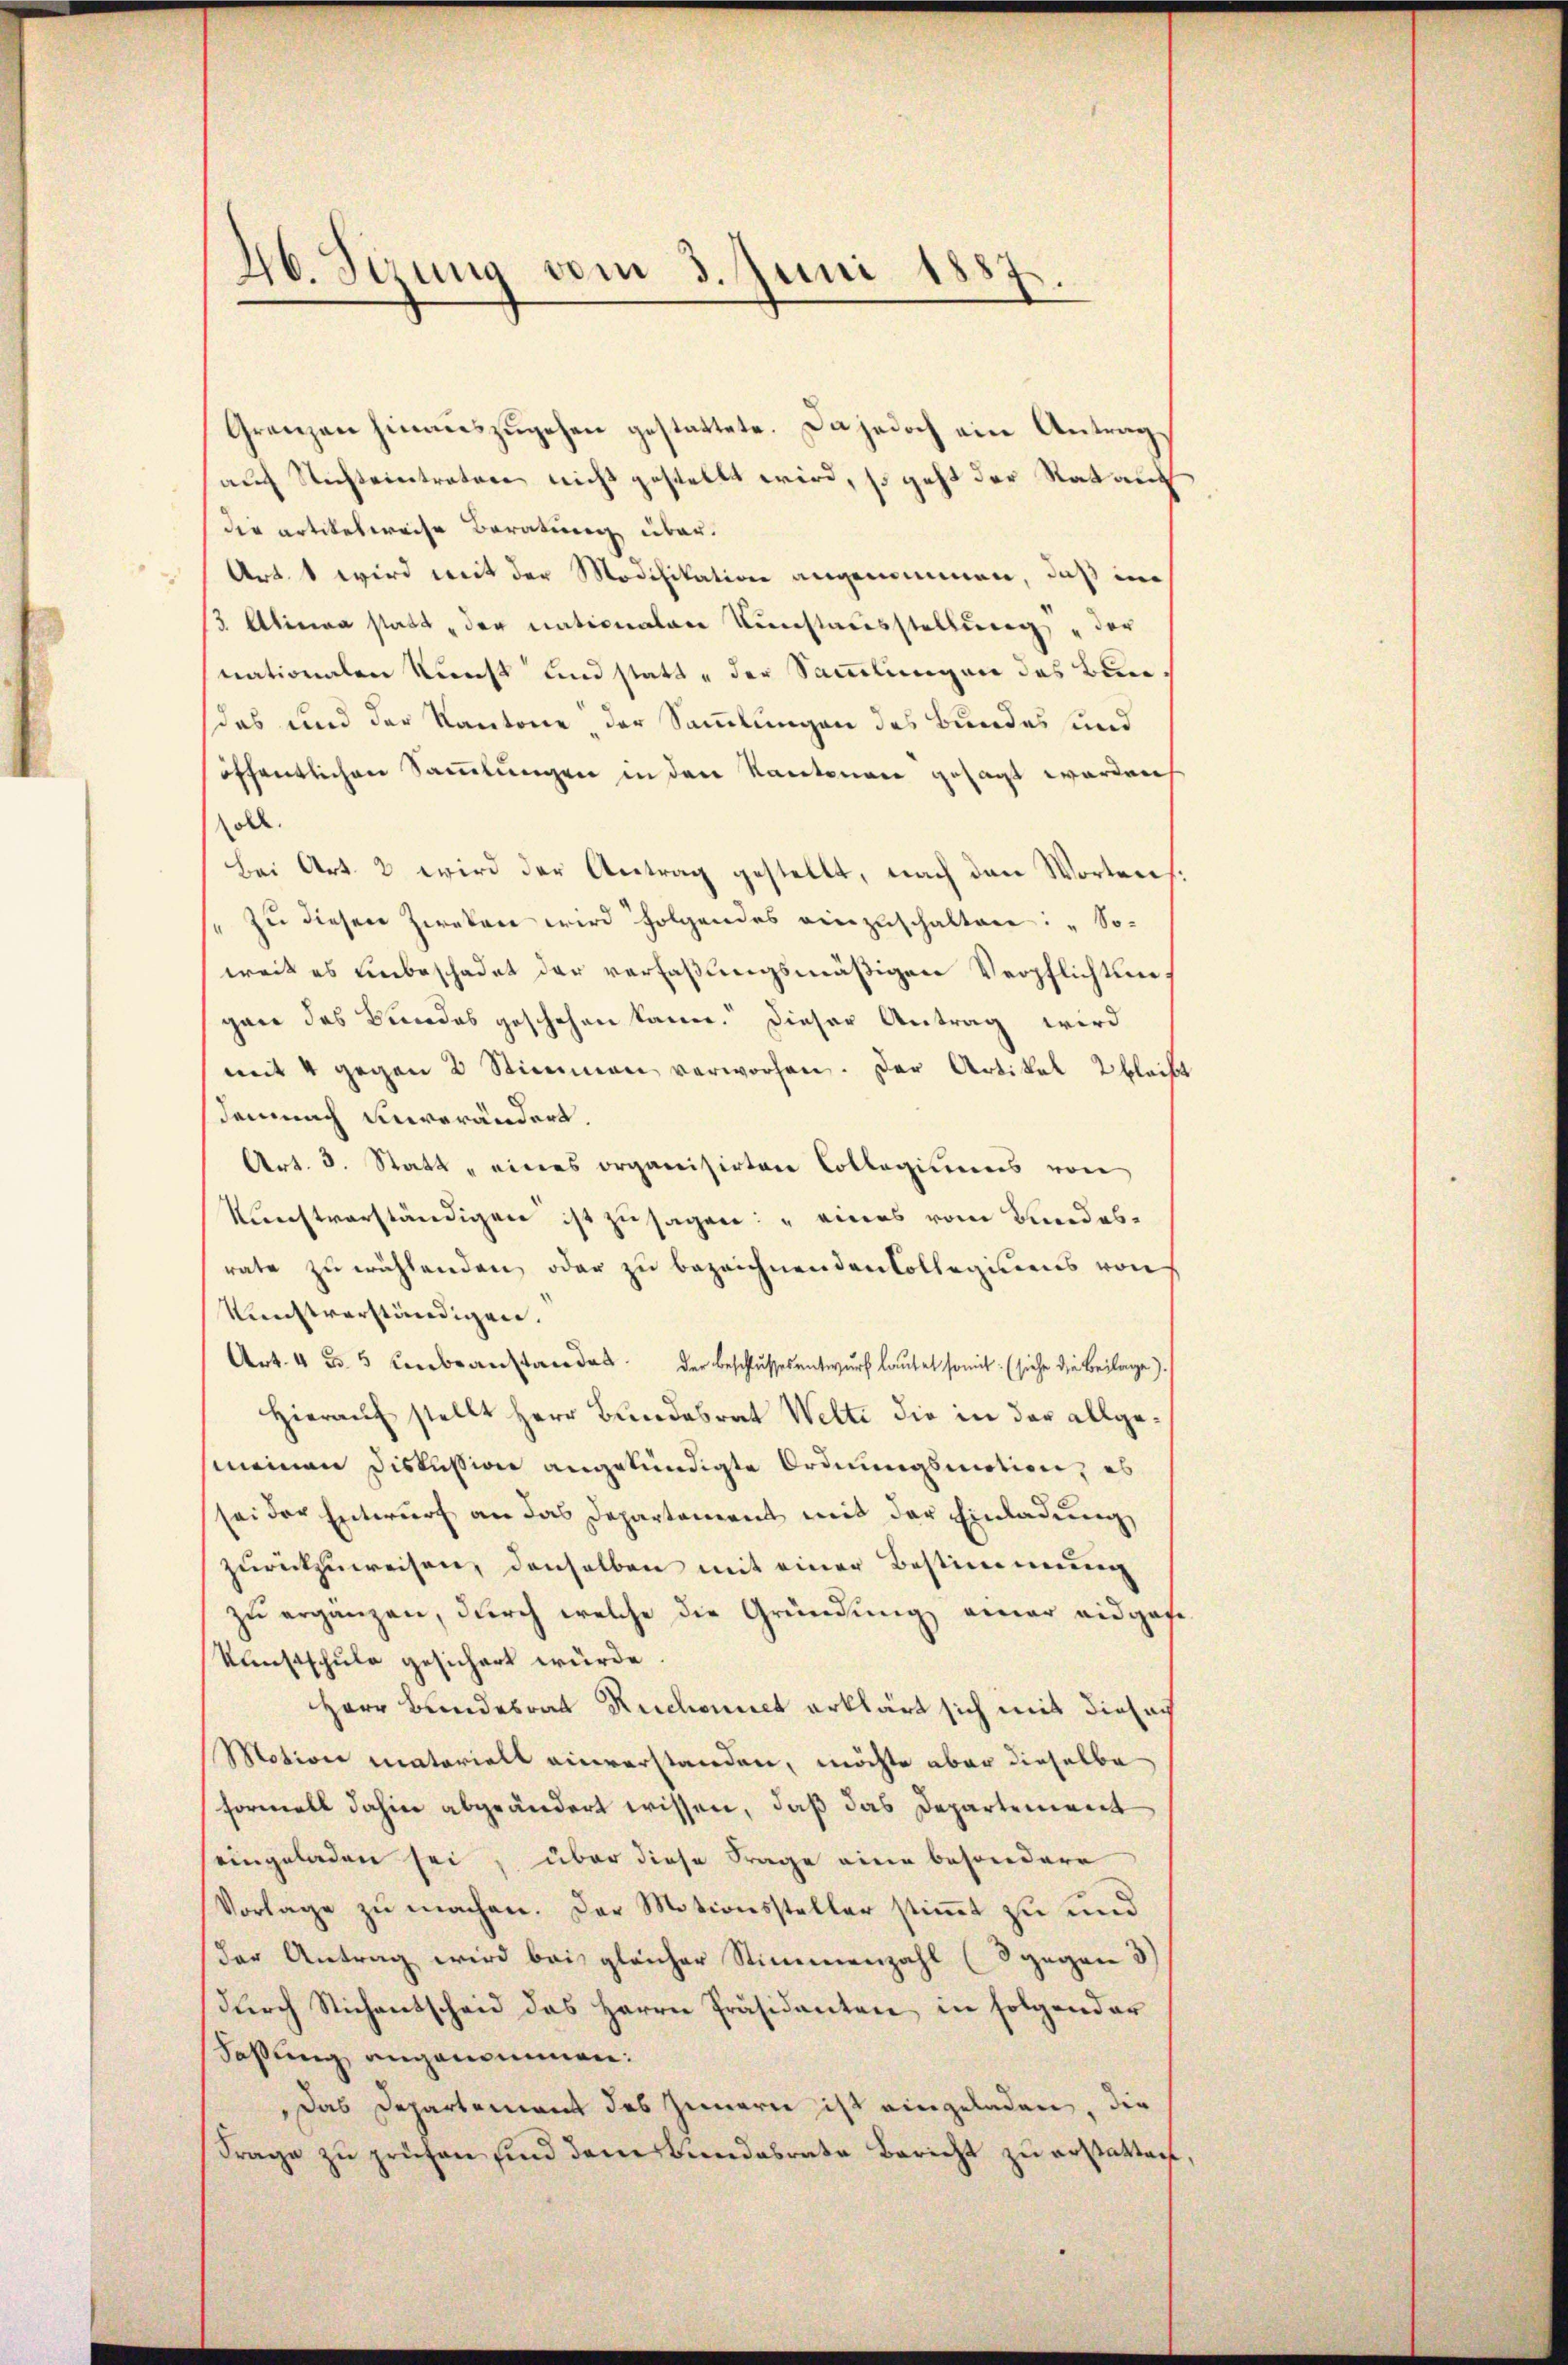
Grenzen hinauszugehen gestattete. Da jedoch ein Antrags
auf Nichteintreten nicht gestellt wird, so geht der Rat auch
die artikelweise Beratung über¬
Art. 1 wird mit der Modifikation angenommen, daß in
 Alina statt der nationalen Kunstausstellung der
nationalen Kunst und statt, der Sammlungen des Bundas und der Kantone, der Sammlungen des Bundes und
öffentlichen Sammlungen in den Kantonen gesagt worden
oll.
Bei Art. 2 wird der Antrag gestellt, nach den Wortens.
/. zŭ diesen Zweken wird folgendes einzuschalten: „Soweit es unbeschadet der verfaßungsmäßigen Verpflichtungen des Bundes geschehen kann. Dieser Antrag wird
mit 4 gegen 3 Stimmen verworfen. Der Artikel bleibt
demnach unverändert.
Art. 8. Statt, eines organisirten Collegiums von
kunftverständigen ist zusagen: „eines vom Bundesrate zu wählenden, oder zu bezeichnenden Collegiums von
Kunstverständigen.
Art. 4 u. 5 Lebenstandes der Beschlussesentwurf lautet somit: (siehe die Beilage).
Hierauf stellt Herr Bundesrat Welti die in der allgemeinen Diskussion angekündigte Ordnungsmotion, es
sei der Entwurf an das Departement mit der Einladung
zurückzuweisen, denselben mit einer Bestimmung
zŭ ergänzen, durch welche die Gründung einer eidgef
Kunstschule gesichert würde.
Herr Bundesrat Rechnet erklärt sich mit diesach
Motion materiell einverstanden, möchte aber dieselbe
formell dahin abgeändert wissen, daß das Departement
eingeladen sei, über diese Frage eine besondere
Vorlage zu machen. Der Motionssteller stimmt zu und
der Antrag wird bei gleicher Stimmenzahl (3 gegen d
dŭrch Stichentscheid das Herrn Präsidenten in folgender
Fassung angenommen:
Das Departement des Innern ist eingeladen, die
Frage zu prüfen sind dem Bundesrate Bericht zu erstatten.

46. Sizung vom 3. Juni 1887.